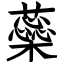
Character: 蘂